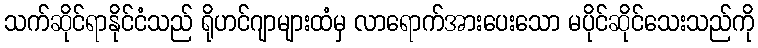
သက်ဆိုင်ရာနိုင်ငံသည် ရိုဟင်ဂျာများထံမှ လာရောက်အားပေးသော မပိုင်ဆိုင်သေးသည်ကို